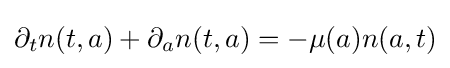
\partial _{t}n(t,a)+\partial _{a}n(t,a)=-\mu (a)n(a,t)